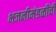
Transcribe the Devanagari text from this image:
भजनीमंडळींची